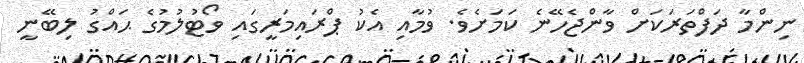
ނިންމާ ދަފްތަރަކަށް ވާންޖެހޭނެ ކަމަށެވެ. ވުމާއި އެކު ޕްރައިމަރީގައި ވޯޓުލުމުގެ ޙައްގު ލިބޭނީ